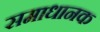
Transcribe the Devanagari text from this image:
समाधानक